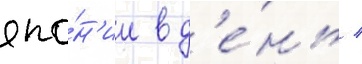
япо́н'ии в д'е́нь /